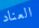
العناد